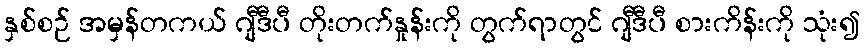
နှစ်စဉ် အမှန်တကယ် ဂျီဒီပီ တိုးတက်နှုန်းကို တွက်ရာတွင် ဂျီဒီပီ စားကိန်းကို သုံး၍